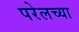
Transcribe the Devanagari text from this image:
परेलच्या